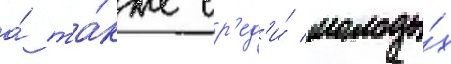
а́ та́кже ср'ед'и́ молоды́х